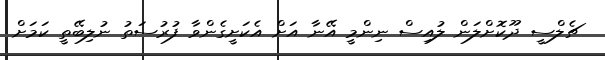
ޗެލްސީ ދޫކޮށްލަން ލުއިސް ނިންމީ އޭނާ އަށް އެކަށީގެންވާ ފުރުސަތު ނުލިބޭތީ ކަމަށް